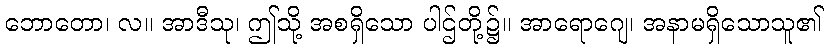
ဘောတော၊ လ။ အာဒီသု၊ ဤသို့ အစရှိသော ပါဌ်တို့၌။ အာရောဂျေ၊ အနာမရှိသောသူ၏